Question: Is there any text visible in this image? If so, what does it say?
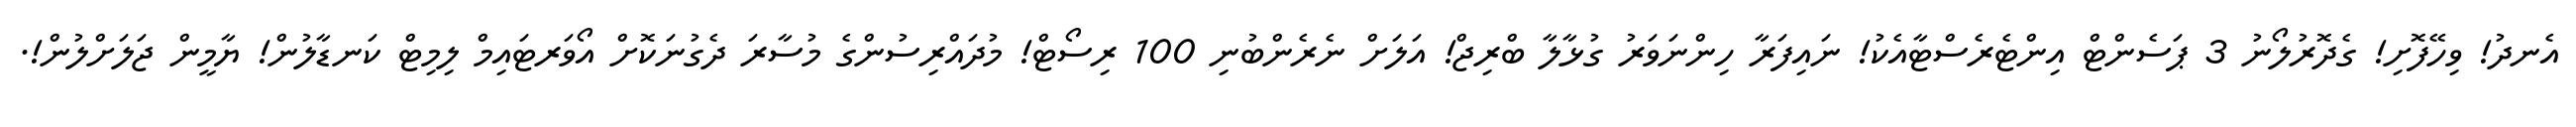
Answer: އެނދު! ވިހޭފޮށި! ގެދޮރުލޯނު 3 ޕަސެންޓް އިންޓެރެސްޓާއެކު! ނައިފަރާ ހިންނަވަރު ގުޅާލާ ބްރިޖް! އަލަށް ނެރެންބުނި 100 ރިސޯޓް! މުދައްރިސުންގެ މުސާރަ ދެގުނަކޮށް އޯވަރޓައިމް ލިމިޓް ކަނޑާލުން! ޔާމީން ޖަލަށްލުން!.